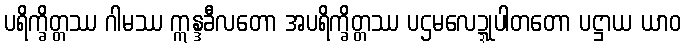
ပရိက္ခိတ္တဿ ဂါမဿ ဣန္ဒခီလတော အပရိက္ခိတ္တဿ ပဌမလေဍ္ဍုပါတတော ပဋ္ဌာယ ယာဝ